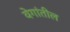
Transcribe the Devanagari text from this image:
वेगांतील